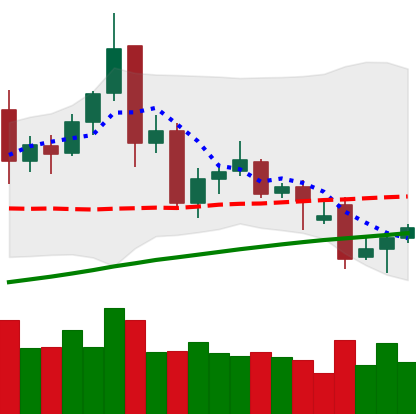
Ticker: TRX-USD
Chart end date: 2021-11-29
Forward return: -10.101%
Label: down_7plus